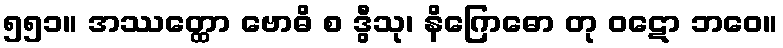
၅၅၁။ အဿတ္ထော ဗောဓိ စ ဒွီသု၊ နိဂြောဓော တု ဝဋော ဘဝေ။